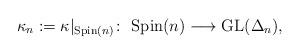
LaTeX: \begin{gather*}\kappa_n:=\kappa|_{{\rm Spin}(n)}\colon \ {\rm Spin}(n)\longrightarrow {\rm GL}(\Delta_n),\end{gather*}